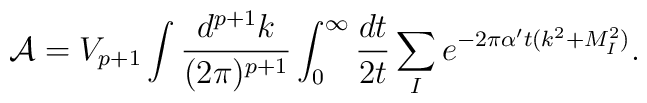
{\cal A} = V_{p+1}\int \frac{d^{p+1}k}{(2\pi)^{p+1}}\int_0^\infty {dt\over 2t} \sum_{I} e^{-2\pi {\alpha^\prime} t (k^2 + M_I^2)} .